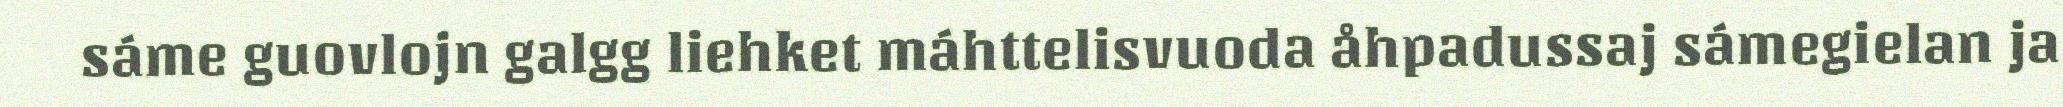
sáme guovlojn galgg liehket máhttelisvuoda åhpadussaj sámegielan ja